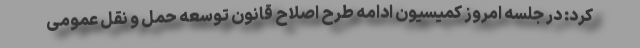
کرد: در جلسه امروز کمیسیون ادامه طرح اصلاح قانون توسعه حمل و نقل عمومی